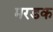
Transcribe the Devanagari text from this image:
मरडक